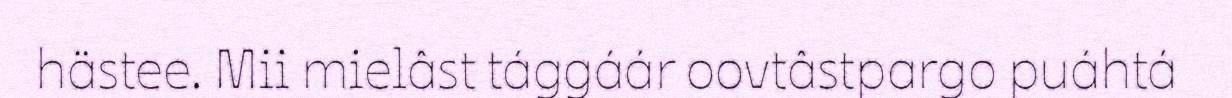
hästee. Mii mielâst tággáár oovtâstpargo puáhtá